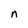
Character: n